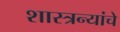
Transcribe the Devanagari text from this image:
शास्त्रन्यांचे